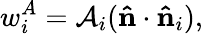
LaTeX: w_{i}^{A}=\mathcal{A}_{i}(\mathbf{\hat{n}}\cdot\mathbf{\hat{n}}_{i}),